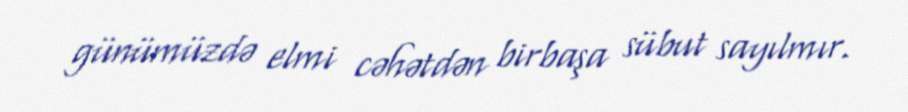
günümüzdə elmi cəhətdən birbaşa sübut sayılmır.